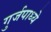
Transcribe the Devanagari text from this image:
गुर्जपाध्ये